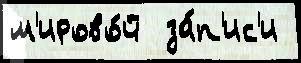
м'ирово́й  за́п'ис'и